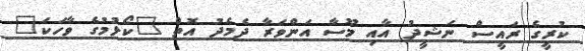
ކުރީގެ ރައީސް ނަޝީދު އާއި މޫސާ އަންވަރާ ދެމެދު އޮތް "ކޯޅުމުގެ ވާހަކަ"